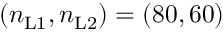
( n _ { \mathrm { L 1 } } , n _ { \mathrm { L 2 } } ) = ( 8 0 , 6 0 )